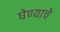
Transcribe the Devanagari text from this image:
घेण्‍याचे